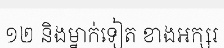
១២ និងម្នាក់ទៀត ខាងអក្សរ